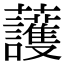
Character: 𧅰